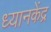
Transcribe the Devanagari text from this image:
ध्यानकेंद्र